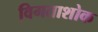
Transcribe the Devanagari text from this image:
विगताशोक